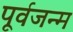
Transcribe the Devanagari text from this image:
पूर्वजन्‍म